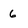
Character: 6